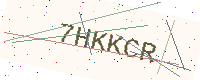
Text: 7HKKCR